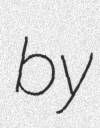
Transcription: by